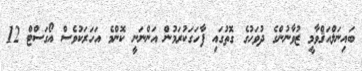
ބައިނަލްއަޤްވާމީ ޒުވާނުންގެ ދުވަހުގެ ގޮތުގައި ފާހަގަކުރަމުން އަންނަނީ ކޮންމެ އަހަރަކުވެސް އޯގަސްޓް 12